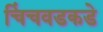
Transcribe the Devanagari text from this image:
चिंचवडकडे